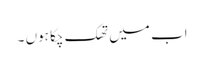
اب میں تھک چکا ہوں ۔